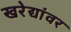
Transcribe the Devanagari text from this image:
खरेद्यांवर